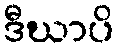
ဒီဃာပိ